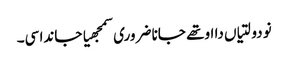
نو دولتیاں دا اوتھے جانا ضروری سمجھیا جاندا سی۔